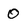
Character: 0